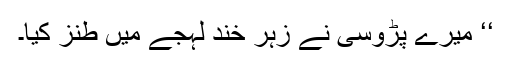
‘‘ میرے پڑوسی نے زہر خند لہجے میں طنز کیا۔